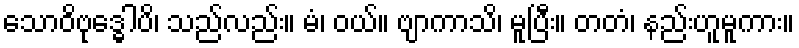
သောဝိဗုဒ္ဓေါပိ၊ သည်လည်း။ မံ၊ ဝယ်။ ဗျာကာသိ၊ မူပြီး။ တတံ၊ နည်းဟူမူကား။